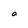
Character: a